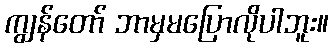
ကျွန်တော် ဘာမှမပြောလိုပါဘူး။